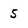
Character: 5